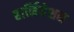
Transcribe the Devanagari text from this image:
हार्नियेशन